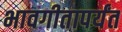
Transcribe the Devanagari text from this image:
भावगीतापर्यंत